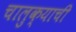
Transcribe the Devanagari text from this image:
चालुक्याची